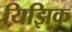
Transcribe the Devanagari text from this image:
यिझिक